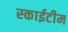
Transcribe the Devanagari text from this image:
स्‍काईटीम